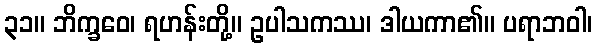
၃၁။ ဘိက္ခဝေ၊ ရဟန်းတို့။ ဥပါသကဿ၊ ဒါယကာ၏။ ပရာဘဝါ၊